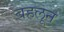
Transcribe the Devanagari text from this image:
बहलून